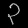
Digit: ၃